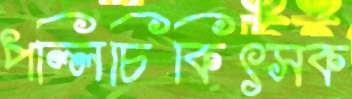
পল্লিচিকিৎসক